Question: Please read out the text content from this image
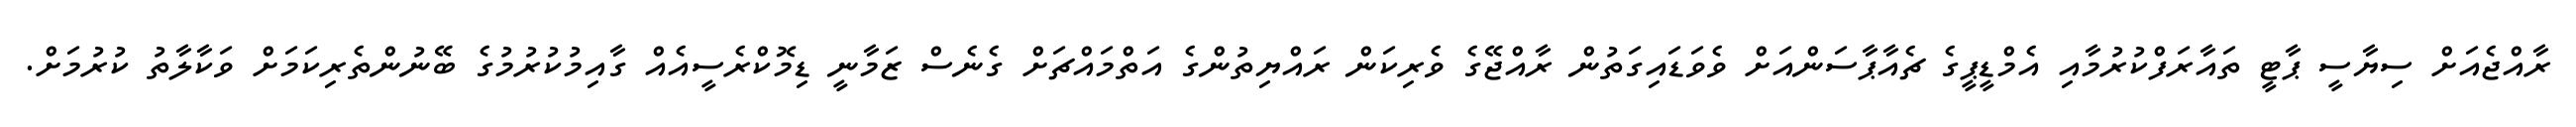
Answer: ރާއްޖެއަށް ސިޔާސީ ޕާޓީ ތައާރަފްކުރުމާއި އެމްޑީޕީގެ ޗެއާޕާސަންއަށް ވެވަޑައިގަތުން ރާއްޖޭގެ ވެރިކަން ރައްޔިތުންގެ އަތްމައްޗަށް ގެނެސް ޒަމާނީ ޑިމޮކްރެސީއެއް ގާއިމުކުރުމުގެ ބޭނުންތެރިކަމަށް ވަކާލާތު ކުރުމަށް.